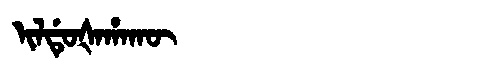
Manchu: ᡳᠯᡩᡠᡧᠠᡥᠠᡴᡡ
Romanization: ILDUŠAHAKŪ